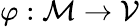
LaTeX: \varphi:\mathcal{M}\to\mathcal{V}